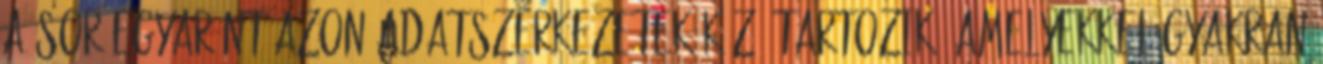
a sor egyaránt azon adatszerkezetek közé tartozik, amelyekkel gyakran